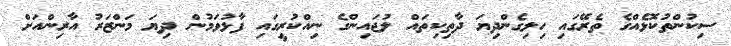
ސިކުންތުކޮޅެއްގެ ތެރޭގައި ހިލިގެންދިޔަ ދާތިކިތައް ލުޖައިންގެ ނިއްކުރީގައި ފާޅުވަމުން ދިޔަ މަންޒަރު އާރިންއަށް